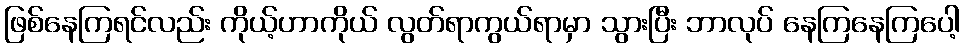
ဖြစ်နေကြရင်လည်း ကိုယ့်ဟာကိုယ် လွတ်ရာကွယ်ရာမှာ သွားပြီး ဘာလုပ် နေကြနေကြပေါ့